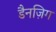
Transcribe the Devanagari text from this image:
डैनज़िग